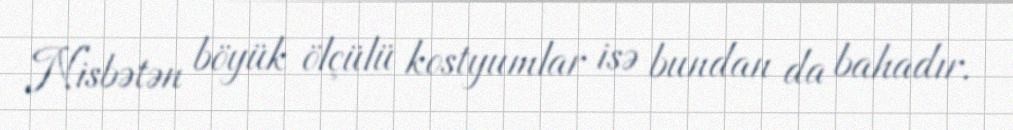
Nisbətən böyük ölçülü kostyumlar isə bundan da bahadır.